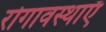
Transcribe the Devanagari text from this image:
रोगावस्थाएँ